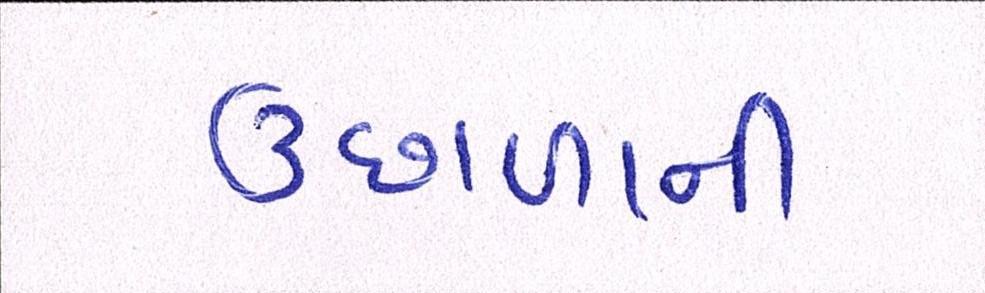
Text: ઉછાળાની